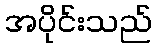
အပိုင်းသည်